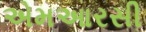
એમઆરસી